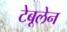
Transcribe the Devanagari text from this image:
टेबूलेन